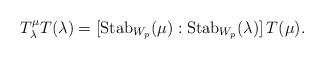
LaTeX: \begin{align*} T_{\lambda}^{\mu}T(\lambda) = [\operatorname{Stab}_{W_p}(\mu):\operatorname{Stab}_{W_p}(\lambda)]\,T(\mu). \end{align*}